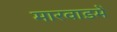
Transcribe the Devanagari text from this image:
मारवाडमें